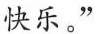
快乐。”